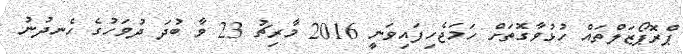
ޕްރޮޕޯޒަލްތައް ހުޅުވާގޮތަށް ހަމަޖެހިފައިވަނީ 2016 މާރިޗު 23 ވާ ބުދަ ދުވަހުގެ ހެނދުނު